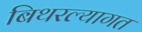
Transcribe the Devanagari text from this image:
बिथरल्यागत